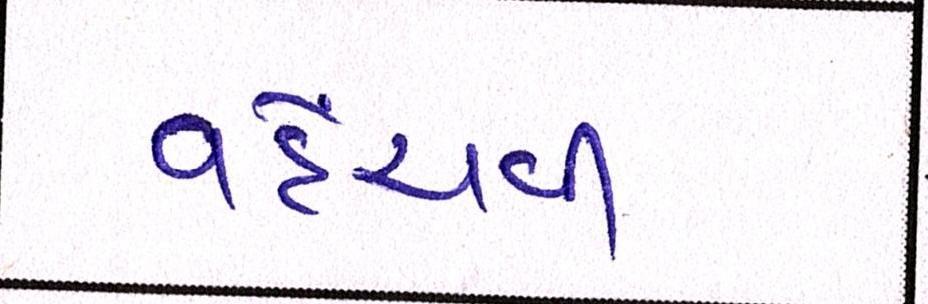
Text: વહેંચવી